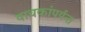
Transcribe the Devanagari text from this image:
वाचकांपर्यन्त